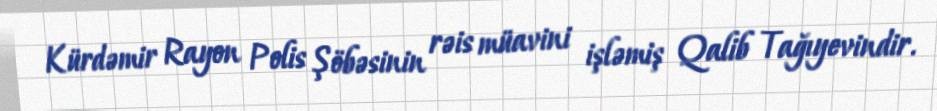
Kürdəmir Rayon Polis Şöbəsinin rəis müavini işləmiş Qalib Tağıyevindir.